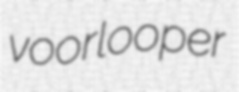
voorlooper